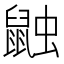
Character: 𪕕